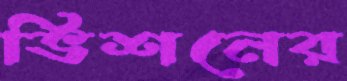
ভিশনের